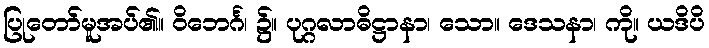
ပြုတော်မူအပ်၏။ ဝိဘေင်္ဂ၊ ၌။ ပုဂ္ဂလာဓိဋ္ဌာနာ၊ သော။ ဒေသနာ၊ ကို။ ယဒိပိ